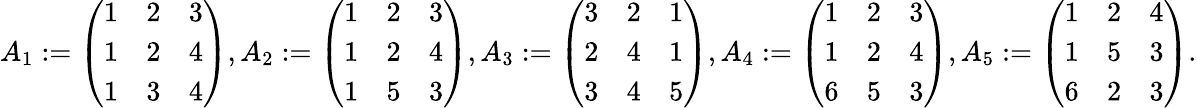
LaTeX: A_{1}:=\left(\begin{array}{lll}{1}&{2}&{3}\\ {1}&{2}&{4}\\ {1}&{3}&{4}\end{array}\right),A_{2}:=\left(\begin{array}{lll}{1}&{2}&{3}\\ {1}&{2}&{4}\\ {1}&{5}&{3}\end{array}\right),A_{3}:=\left(\begin{array}{lll}{3}&{2}&{1}\\ {2}&{4}&{1}\\ {3}&{4}&{5}\end{array}\right),A_{4}:=\left(\begin{array}{lll}{1}&{2}&{3}\\ {1}&{2}&{4}\\ {6}&{5}&{3}\end{array}\right),A_{5}:=\left(\begin{array}{lll}{1}&{2}&{4}\\ {1}&{5}&{3}\\ {6}&{2}&{3}\end{array}\right).